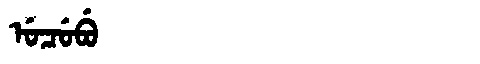
Manchu: ᡠᠴᡠᠪᡠ
Romanization: UCUBU